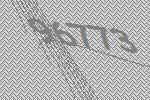
96773